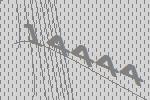
14444